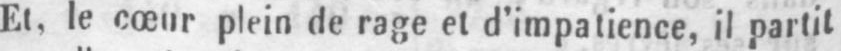
Et, le cœur plein de rage et d’impatience, il partit